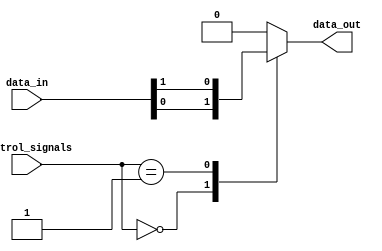
module mux256to1 (
    input [255:0] data_in,
    input [7:0] control_signals,
    output reg data_out
);

always @(*)
begin
    case(control_signals)
        8'b00000000: data_out <= data_in[0];
        8'b00000001: data_out <= data_in[1];
        // Continue for all 256 input signals
        // Example: 8'b11111111: data_out <= data_in[255];
        default: data_out <= 0;
    endcase
end

endmodule